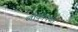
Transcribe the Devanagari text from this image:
लोकोपर्यंत